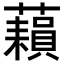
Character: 𧂬